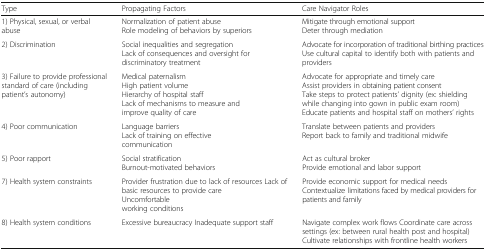
| Type | Propagating Factors | Care Navigator Roles |
 | --- | --- | --- |
 | 1) Physical, sexual, or verbal abuse | Normalization of patient abuseRole modeling of behaviors by superiors | Mitigate through emotional supportDeter through mediation |
 | 2) Discrimination | Social inequalities and segregationLack of consequences and oversight for discriminatory treatment | Advocate for incorporation of traditional birthing practicesUse cultural capital to identify both with patients and providers |
 | 3) Failure to provide professional standard of care (including patient’s autonomy) | Medical paternalismHigh patient volumeHierarchy of hospital staffLack of mechanisms to measure and improve quality of care | Advocate for appropriate and timely careAssist providers in obtaining patient consentTake steps to protect patients’ dignity (ex: shielding while changing into gown in public exam room)Educate patients and hospital staff on mothers’ rights |
 | 4) Poor communication | Language barriersLack of training on effective communication | Translate between patients and providersReport back to family and traditional midwife |
 | 5) Poor rapport | Social stratificationBurnout-motivated behaviors | Act as cultural brokerProvide emotional and labor support |
 | 7) Health system constraints | Provider frustration due to lack of resources Lack of basic resources to provide careUncomfortable working conditions | Provide economic support for medical needsContextualize limitations faced by medical providers for patients and family |
 | 8) Health system conditions | Excessive bureaucracy Inadequate support staff | Navigate complex work flows Coordinate care across settings (ex: between rural health post and hospital) Cultivate relationships with frontline health workers |